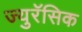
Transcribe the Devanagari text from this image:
ज्युरॅसिक